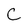
Character: C